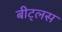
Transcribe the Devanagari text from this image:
बीट्लस